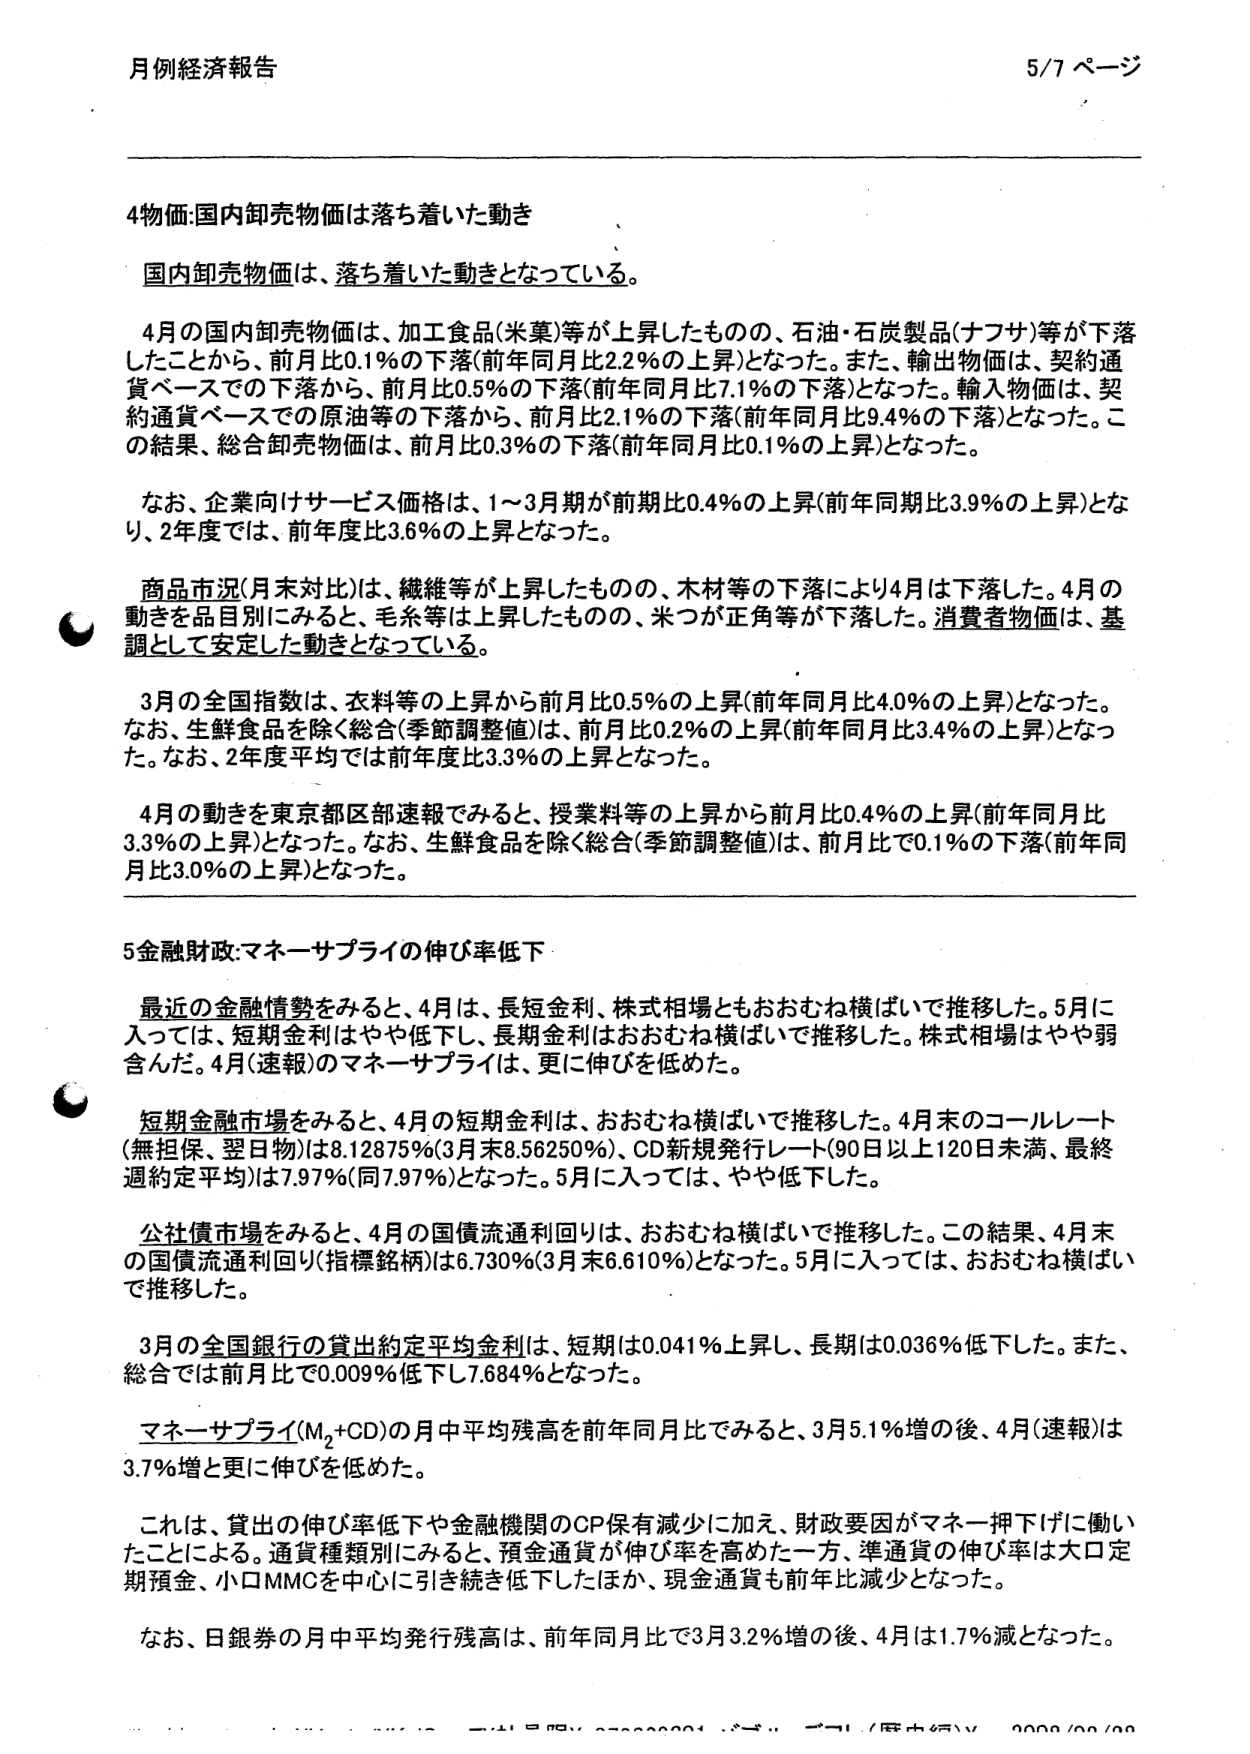
月例経済報告 5/7 ページ

4物価:国内卸売物価は落ち着いた動き
国内卸売物価は、落ち着いた動きとなっている。

4月の国内卸売物価は、加工食品(米菓)等が上昇したものの、石油・石炭製品(ナフサ)等が下落したことから、前月比0.1%の下落(前年同月比2.2%の上昇)となった。また、輸出物価は、契約通貨ベースでの下落から、前月比0.5%の下落(前年同月比7.1%の下落)となった。輸入物価は、契約通貨ベースでの原油等の下落から、前月比2.1%の下落(前年同月比9.4%の下落)となった。この結果、総合卸売物価は、前月比0.3%の下落(前年同月比0.1%の上昇)となった。

なお、企業向けサービス価格は、1～3月期が前期比0.4%の上昇(前年同期比3.9%の上昇)となり、2年度では、前年度比3.6%の上昇となった。

商品市況(月末対比)は、繊維等が上昇したものの、木材等の下落により4月は下落した。4月の動きを品目別にみると、毛糸等は上昇したものの、米つが正角等が下落した。消費者物価は、基調として安定した動きとなっている。

3月の全国指数は、衣料等の上昇から前月比0.5%の上昇(前年同月比4.0%の上昇)となった。なお、生鮮食品を除く総合(季節調整値)は、前月比0.2%の上昇(前年同月比3.4%の上昇)となった。なお、2年度平均では前年度比3.3%の上昇となった。

4月の動きを東京都区部速報でみると、授業料等の上昇から前月比0.4%の上昇(前年同月比3.3%の上昇)となった。なお、生鮮食品を除く総合(季節調整値)は、前月比で0.1%の下落(前年同月比3.0%の上昇)となった。

5金融財政:マネーサプライの伸び率低下
最近の金融情勢をみると、4月は、長短金利、株式相場ともおおむね横ばいで推移した。5月に入っては、短期金利はやや低下し、長期金利はおおむね横ばいで推移した。株式相場はやや弱含んだ。4月(速報)のマネーサプライは、更に伸びを低めた。

短期金融市場をみると、4月の短期金利は、おおむね横ばいで推移した。4月末のコールレート(無担保、翌日物)は8.12875%(3月末8.56250%)、CD新規発行レート(90日以上120日未満、最終週約定平均)は7.97%(同7.97%)となった。5月に入っては、やや低下した。

公社債市場をみると、4月の国債流通利回りは、おおむね横ばいで推移した。この結果、4月末の国債流通利回り(指標銘柄)は6.730%(3月末6.610%)となった。5月に入っては、おおむね横ばいで推移した。

3月の全国銀行の貸出約定平均金利は、短期は0.041%上昇し、長期は0.036%低下した。また、総合では前月比で0.009%低下し7.684%となった。

マネーサプライ(M₂+CD)の月中平均残高を前年同月比でみると、3月5.1%増の後、4月(速報)は3.7%増と更に伸びを低めた。

これは、貸出の伸び率低下や金融機関のCP保有減少に加え、財政要因がマネー押下げに働いたことによる。通貨種類別にみると、預金通貨が伸び率を高めた一方、準通貨の伸び率は大口定期預金、小口MMCを中心に引き続き低下したほか、現金通貨も前年比減少となった。

なお、日銀券の月中平均発行残高は、前年同月比で3月3.2%増の後、4月は1.7%減となった。